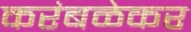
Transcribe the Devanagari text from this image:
करंबळेकर